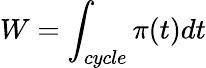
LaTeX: W=\int_{cycle}{\pi(t)dt}